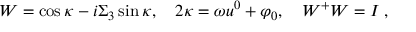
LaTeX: W = \cos \kappa - i \Sigma _ { 3 } \sin \kappa , \quad 2 \kappa = \omega u ^ { 0 } + \varphi _ { 0 } , \quad W ^ { + } W = I \; ,